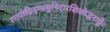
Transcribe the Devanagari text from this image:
शापाग्निदग्धमुनिदारशिलोद्धराङ्घ्रेः